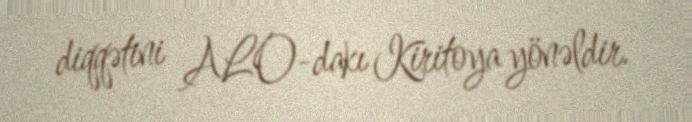
diqqətini ALO-dakı Kiritoya yönəldir.